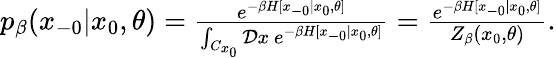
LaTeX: \begin{array}{r}{p_{\beta}(x_{-0}|x_{0},\theta)=\frac{e^{-\beta H[x_{-0}|x_{0},\theta]}}{\int_{C_{x_{0}}}\mathcal{D}x\ e^{-\beta H[x_{-0}|x_{0},\theta]}}=\frac{e^{-\beta H[x_{-0}|x_{0},\theta]}}{Z_{\beta}(x_{0},\theta)}.}\end{array}